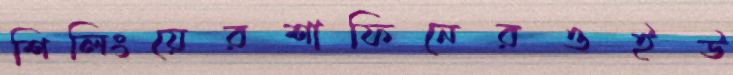
শিলিংয়েরশাফিনেরওইউ